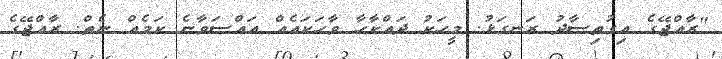
"ރާއްޖޭގެ އިގުތިސާދު ރަނގަޅު. މީހަކު ދައްކާހާ ވާހަކައެއް އައްސަވާނެ ކަމެއް ނެތް. ރާއްޖޭގެ